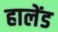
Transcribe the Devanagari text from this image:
हालेंड